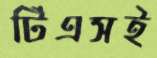
টিএসই